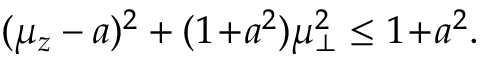
( \mu _ { z } - a ) ^ { 2 } + ( 1 \! + \! a ^ { 2 } ) \mu _ { \bot } ^ { 2 } \le 1 \! + \! a ^ { 2 } .